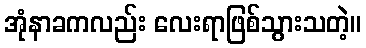
အုံနာခကလည်း လေးရာဖြစ်သွားသတဲ့။